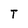
Character: T